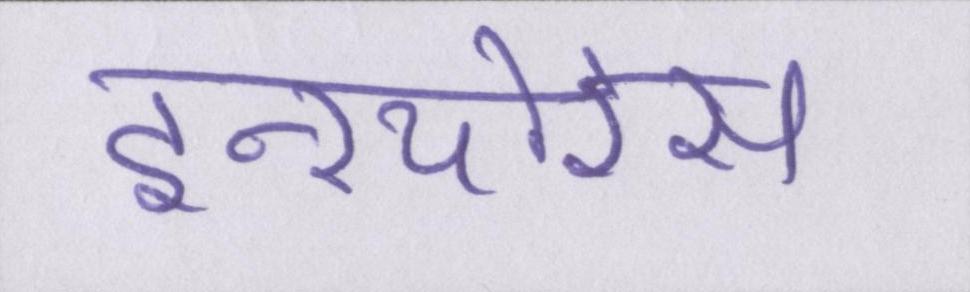
इन्श्योरेंस